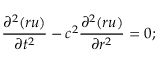
{ \frac { \partial ^ { 2 } ( r u ) } { \partial t ^ { 2 } } } - c ^ { 2 } { \frac { \partial ^ { 2 } ( r u ) } { \partial r ^ { 2 } } } = 0 ;